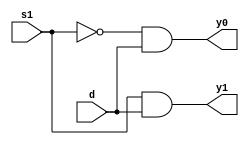
module one_2demux (d,s1,y0,y1);
input d,s1;
	output y0,y1;
	assign s1n=~s1;
	assign y0=s1n&d;
	assign y1=s1&d;
endmodule